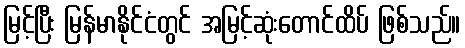
မြင့်ပြီး မြန်မာနိုင်ငံတွင် အမြင့်ဆုံးတောင်ထိပ် ဖြစ်သည်။